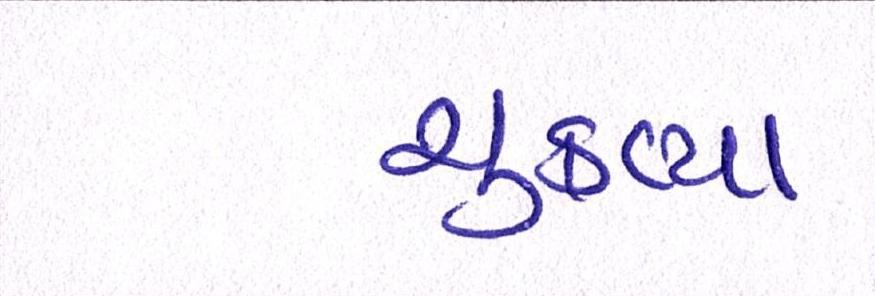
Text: ચુકવ્યા